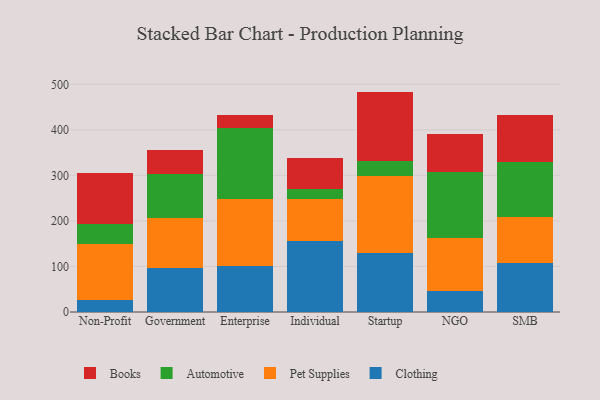
{"axis": {"x": "Segment", "y": "Churn Rate (%)"}, "legend": ["Automotive", "Books", "Clothing", "Pet Supplies"], "data": [{"x": "Non-Profit", "y": 25.7, "type": "Clothing"}, {"x": "Non-Profit", "y": 123.2, "type": "Pet Supplies"}, {"x": "Non-Profit", "y": 45.1, "type": "Automotive"}, {"x": "Non-Profit", "y": 111.6, "type": "Books"}, {"x": "Government", "y": 96.0, "type": "Clothing"}, {"x": "Government", "y": 110.9, "type": "Pet Supplies"}, {"x": "Government", "y": 95.4, "type": "Automotive"}, {"x": "Government", "y": 54.2, "type": "Books"}, {"x": "Enterprise", "y": 101.4, "type": "Clothing"}, {"x": "Enterprise", "y": 146.0, "type": "Pet Supplies"}, {"x": "Enterprise", "y": 155.9, "type": "Automotive"}, {"x": "Enterprise", "y": 29.4, "type": "Books"}, {"x": "Individual", "y": 155.2, "type": "Clothing"}, {"x": "Individual", "y": 92.1, "type": "Pet Supplies"}, {"x": "Individual", "y": 21.8, "type": "Automotive"}, {"x": "Individual", "y": 69.7, "type": "Books"}, {"x": "Startup", "y": 128.9, "type": "Clothing"}, {"x": "Startup", "y": 168.9, "type": "Pet Supplies"}, {"x": "Startup", "y": 34.5, "type": "Automotive"}, {"x": "Startup", "y": 151.7, "type": "Books"}, {"x": "NGO", "y": 46.3, "type": "Clothing"}, {"x": "NGO", "y": 116.3, "type": "Pet Supplies"}, {"x": "NGO", "y": 144.0, "type": "Automotive"}, {"x": "NGO", "y": 83.4, "type": "Books"}, {"x": "SMB", "y": 108.5, "type": "Clothing"}, {"x": "SMB", "y": 99.4, "type": "Pet Supplies"}, {"x": "SMB", "y": 121.4, "type": "Automotive"}, {"x": "SMB", "y": 102.4, "type": "Books"}]}